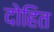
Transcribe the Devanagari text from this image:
दोहित